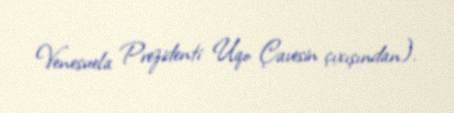
Venesuela Prezidenti Uqo Çavesin çıxışından).